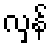
လှန်